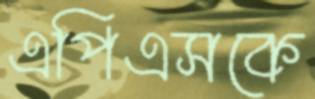
এপিএসকে